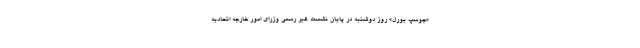
«جوسپ بورل» روز دوشنبه در پایان نشست غیر رسمی وزرای امور خارجه اتحادیه